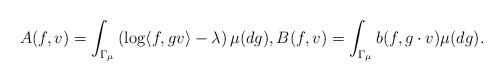
LaTeX: \begin{align*}A(f,v) = \int_{\Gamma_{\mu}} \left( \log \langle f, g v \rangle - \lambda \right) \mu(dg),B(f,v) = \int_{\Gamma_{\mu}} b(f, g \cdot v) \mu(dg). \end{align*}